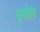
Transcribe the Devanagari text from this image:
पूयोल